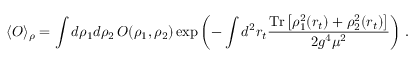
\langle O \rangle _ { \rho } = \int d \rho _ { 1 } d \rho _ { 2 } \, O ( \rho _ { 1 } , \rho _ { 2 } ) \exp \left( - \int d ^ { 2 } r _ { t } { \frac { \mathrm { T r } \left[ \rho _ { 1 } ^ { 2 } ( r _ { t } ) + \rho _ { 2 } ^ { 2 } ( r _ { t } ) \right] } { 2 g ^ { 4 } \mu ^ { 2 } } } \right) \, .